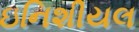
ઇનિશીયલ